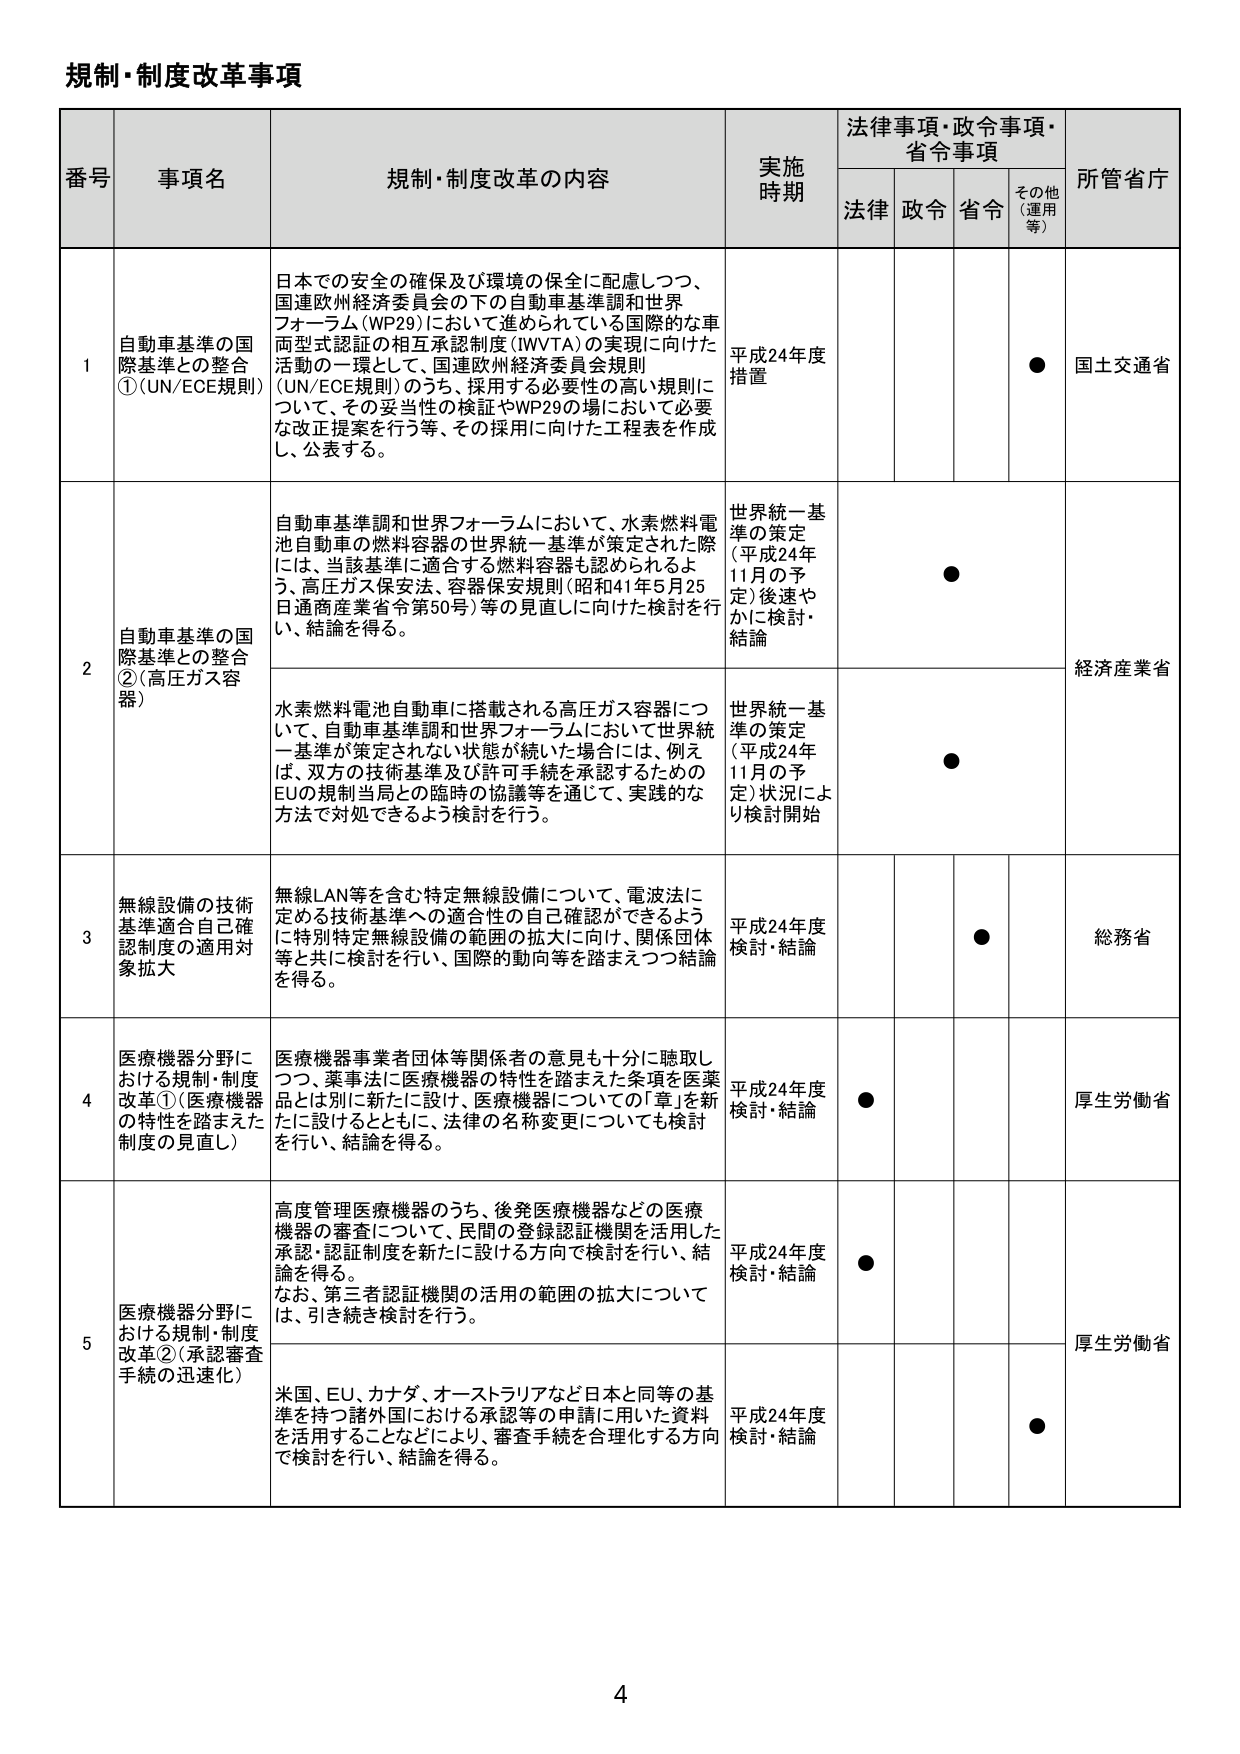
規制・制度改革事項

番号 事項名 規制・制度改革の内容 実施時期 法律事項・政令事項・省令事項 所管省庁
法律 政令 省令 その他（運用等）

1 自動車基準の国際基準との整合①（UN/ECE規則） 日本での安全の確保及び環境の保全に配慮しつつ、国連欧州経済委員会の下の自動車基準調和世界フォーラム（WP29）において進められている国際的な車両型式認証の相互承認制度（IWVTA）の実現に向けた活動の一環として、国連欧州経済委員会規則（UN/ECE規則）のうち、採用する必要性の高い規則について、その妥当性の検証やWP29の場において必要な改正提案を行う等、その採用に向けた工程表を作成し、公表する。 平成24年度措置 ● 国土交通省

2 自動車基準の国際基準との整合②（高圧ガス容器） 自動車基準調和世界フォーラムにおいて、水素燃料電池自動車の燃料容器の世界統一基準が策定された際には、当該基準に適合する燃料容器も認められるよう、高圧ガス保安法、容器保安規則（昭和41年5月25日通商産業省令第50号）等の見直しに向けた検討を行い、結論を得る。 世界統一基準の策定（平成24年11月の予定）後速やかに検討・結論 ● 経済産業省

水素燃料電池自動車に搭載される高圧ガス容器について、自動車基準調和世界フォーラムにおいて世界統一基準が策定されない状態が続いた場合には、例えば、双方の技術基準及び許可手続を承認するためのEUの規制当局との臨時的協議等を通じて、実践的な方法で対処できるよう検討を行う。 世界統一基準の策定（平成24年11月の予定）状況により検討開始 ●

3 無線設備の技術基準適合自己確認制度の適用対象拡大 無線LAN等を含む特定無線設備について、電波法に定める技術基準への適合性の自己確認ができるように特別特定無線設備の範囲の拡大に向け、関係団体等と共に検討を行い、国際的動向等を踏まえつつ結論を得る。 平成24年度検討・結論 ● 総務省

4 医療機器分野における規制・制度改革①（医療機器の特性を踏まえた制度の見直し） 医療機器事業者団体等関係者の意見も十分に聴取しつつ、薬事法に医療機器の特性を踏まえた条項を医薬品とは別に新たに設け、医療機器についての「章」を新たに設けるとともに、法律の名称変更についても検討を行い、結論を得る。 平成24年度検討・結論 ● 厚生労働省

5 医療機器分野における規制・制度改革②（承認審査手続の迅速化） 高度管理医療機器のうち、後発医療機器などの医療機器の審査について、民間の登録認証機関を活用した承認・認証制度を新たに設ける方向で検討を行い、結論を得る。なお、第三者認証機関の活用の範囲の拡大については、引き続き検討を行う。 平成24年度検討・結論 ● 厚生労働省

米国、EU、カナダ、オーストラリアなど日本と同等の基準を持つ諸外国における承認等の申請に用いた資料を活用することなどにより、審査手続を合理化する方向で検討を行い、結論を得る。 平成24年度検討・結論 ●

4